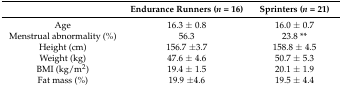
|  | Endurance Runners (n = 16) | Sprinters (n = 21) |
 | --- | --- | --- |
 | Age | 16.3 ± 0.8 | 16.0 ± 0.7 |
 | Menstrual abnormality (%) | 56.3 | 23.8 ** |
 | Height (cm) | 156.7 ±3.7 | 158.8 ± 4.5 |
 | Weight (kg) | 47.6 ± 4.6 | 50.7 ± 5.3 |
 | BMI (kg/m2) | 19.4 ± 1.5 | 20.1 ± 1.9 |
 | Fat mass (%) | 19.9 ±4.6 | 19.5 ± 4.4 |